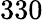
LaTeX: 330